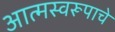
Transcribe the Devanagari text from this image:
आत्मस्वरूपाचे